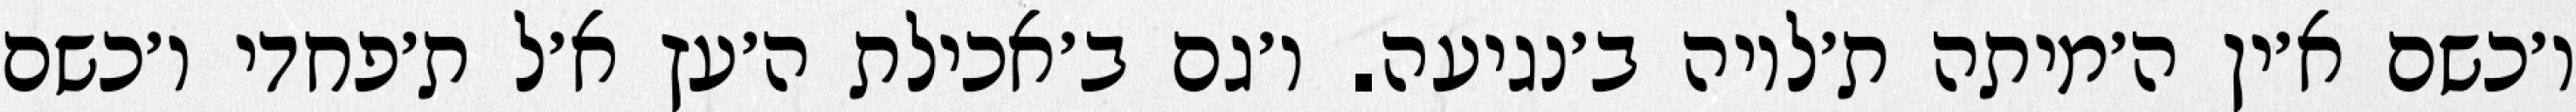
ו׳כשם א׳ין ה׳מיתה ת׳לויה ב׳נגיעה. ו׳גם ב׳אכילת ה׳עץ א׳ל ת׳פחדי ו׳כשם